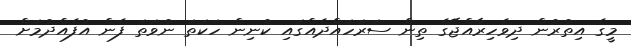
މީގެ އިތުރުން ދިވެހިރާއްޖޭގެ ތިން ސަރަހައްދެއްގައި ކުނިން ހަކަތަ ނުވަތަ ފެން އުފެއްދުމަށް